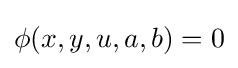
\phi (x,y,u,a,b)=0